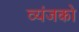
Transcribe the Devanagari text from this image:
व्यंजको